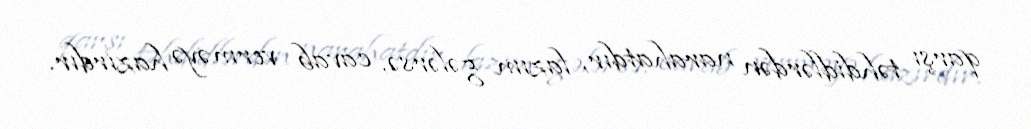
qarşı təhdidlərdən narahatdır, lazım gələrsə, cavab verməyə hazırdır.